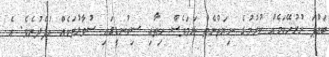
ބައްޕަ ނުރުހޭކަމެއް ކުރުމުގެ ނިޔަތްނެތް ނަމަވެސް ހިތާއި ސިކުނޑީގައި ސުވާލުތަކެއް އުފެދުނެވެ. އެ